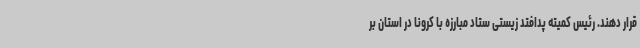
قرار دهند. رئیس کمیته پدافتد زیستی ستاد مبارزه با کرونا در استان بر